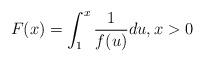
LaTeX: \begin{align*} F(x) = \int_1^x \frac{1}{f(u)}du, x>0\end{align*}